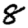
Digit: 8